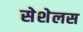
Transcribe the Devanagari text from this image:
सेशेलस